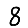
Digit: 8